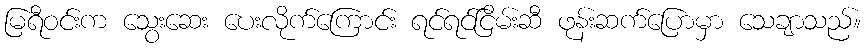
မြရီဝင်းက သွေးဆေး ပေးလိုက်ကြောင်း ရင်ရင်ငြိမ်းဆီ ဖုန်းဆက်ပြောမှာ သေချာသည်။